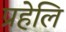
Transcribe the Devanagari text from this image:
प्रहेलि